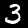
Label: 3